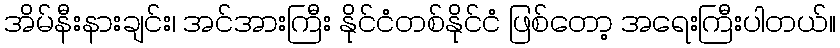
အိမ်နီးနားချင်း၊ အင်အားကြီး နိုင်ငံတစ်နိုင်ငံ ဖြစ်တော့ အရေးကြီးပါတယ်။